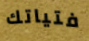
فتياتك